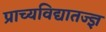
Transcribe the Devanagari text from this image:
प्राच्यविद्यातज्ज्ञ